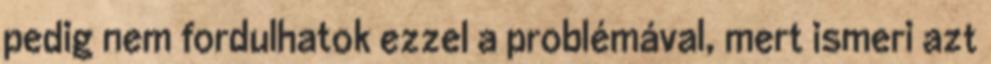
pedig nem fordulhatok ezzel a problémával, mert ismeri azt